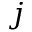
j